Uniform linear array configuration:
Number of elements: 8
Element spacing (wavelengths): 0.25
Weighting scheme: binomial
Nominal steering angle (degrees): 60
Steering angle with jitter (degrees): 59.956
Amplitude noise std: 0.05
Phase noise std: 0.05

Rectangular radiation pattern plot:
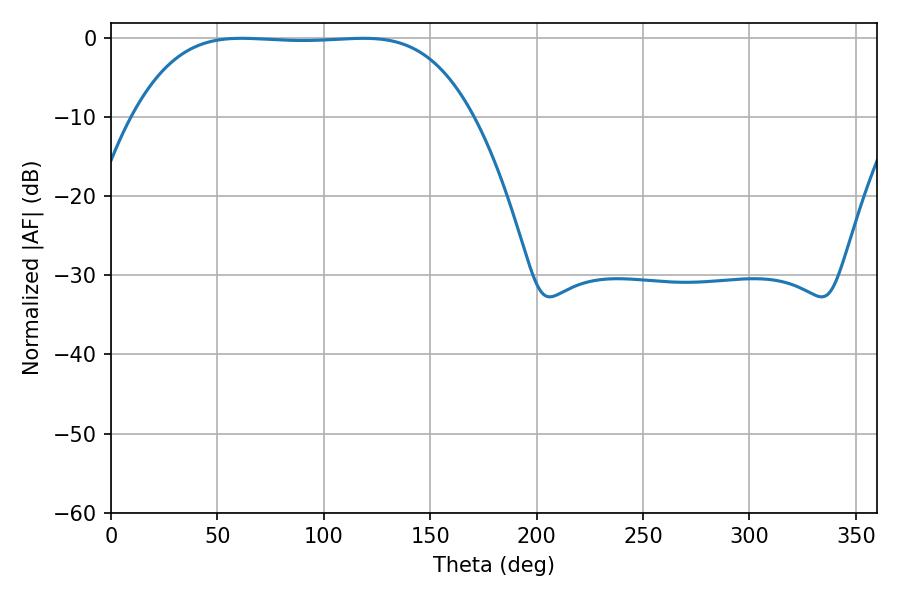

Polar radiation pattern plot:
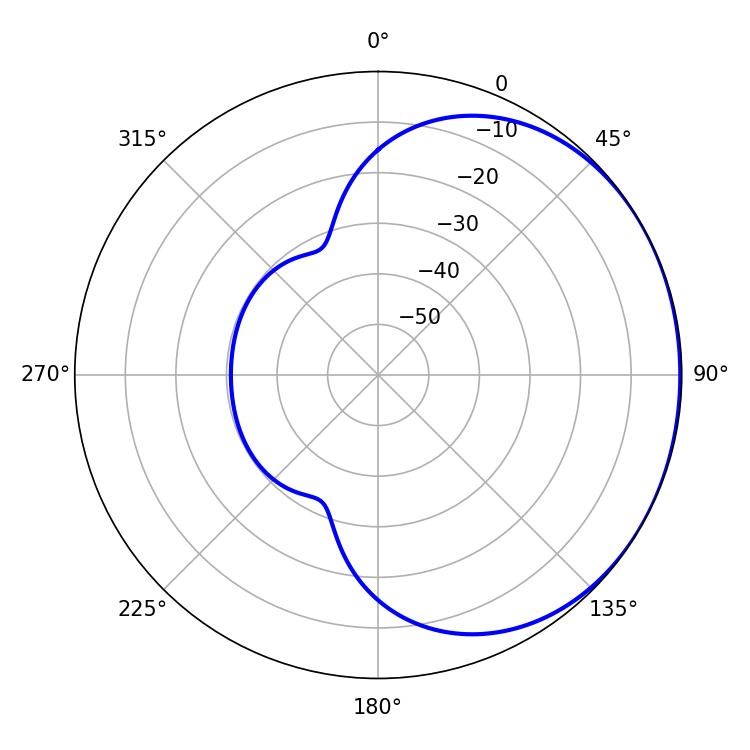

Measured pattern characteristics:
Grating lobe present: FALSE
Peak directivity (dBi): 0.7566
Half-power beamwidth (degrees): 122.76
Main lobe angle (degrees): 61.38